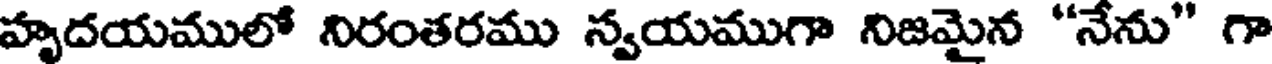
హృదయములో నిరంతరము స్వయముగా నిజమైన "నేను" గా